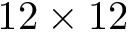
1 2 \times 1 2